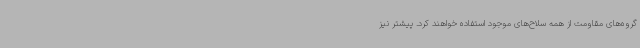
گروه‌های مقاومت از همه سلاح‌های موجود استفاده خواهند کرد. پیشتر نیز